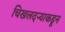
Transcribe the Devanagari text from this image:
चिखलदऱ्याकडून